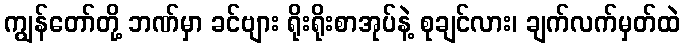
ကျွန်တော်တို့ ဘဏ်မှာ ခင်ဗျား ရိုးရိုးစာအုပ်နဲ့ စုချင်လား၊ ချက်လက်မှတ်ထဲ